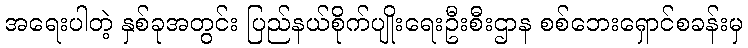
အရေးပါတဲ့ နှစ်ခုအတွင်း ပြည်နယ်စိုက်ပျိုးရေးဦးစီးဌာန စစ်ဘေးရှောင်စခန်းမှ